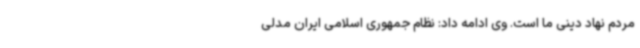
مردم نهاد دینی ما است. وی ادامه داد: نظام جمهوری اسلامی ایران مدلی